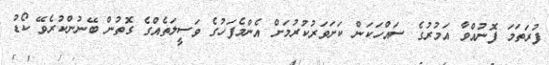
ފުރަތަމަ ފޮނުއްވާ އަމުރުގެ ސައްހަކަން ކަށަވަރުކުރުމަށް އެންމެފަހުގެ ވަސީލަތެއްގެ ގޮތުން ބޭނުންކުރެވޭ ކޯޑު